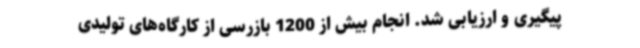
پیگیری و ارزیابی شد. انجام بیش از 1200 بازرسی از کارگاه‌های تولیدی